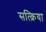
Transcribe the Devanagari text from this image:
सत्क्रिया